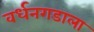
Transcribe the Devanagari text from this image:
वर्धनगडाला